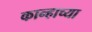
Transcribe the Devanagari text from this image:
कान्हाच्या